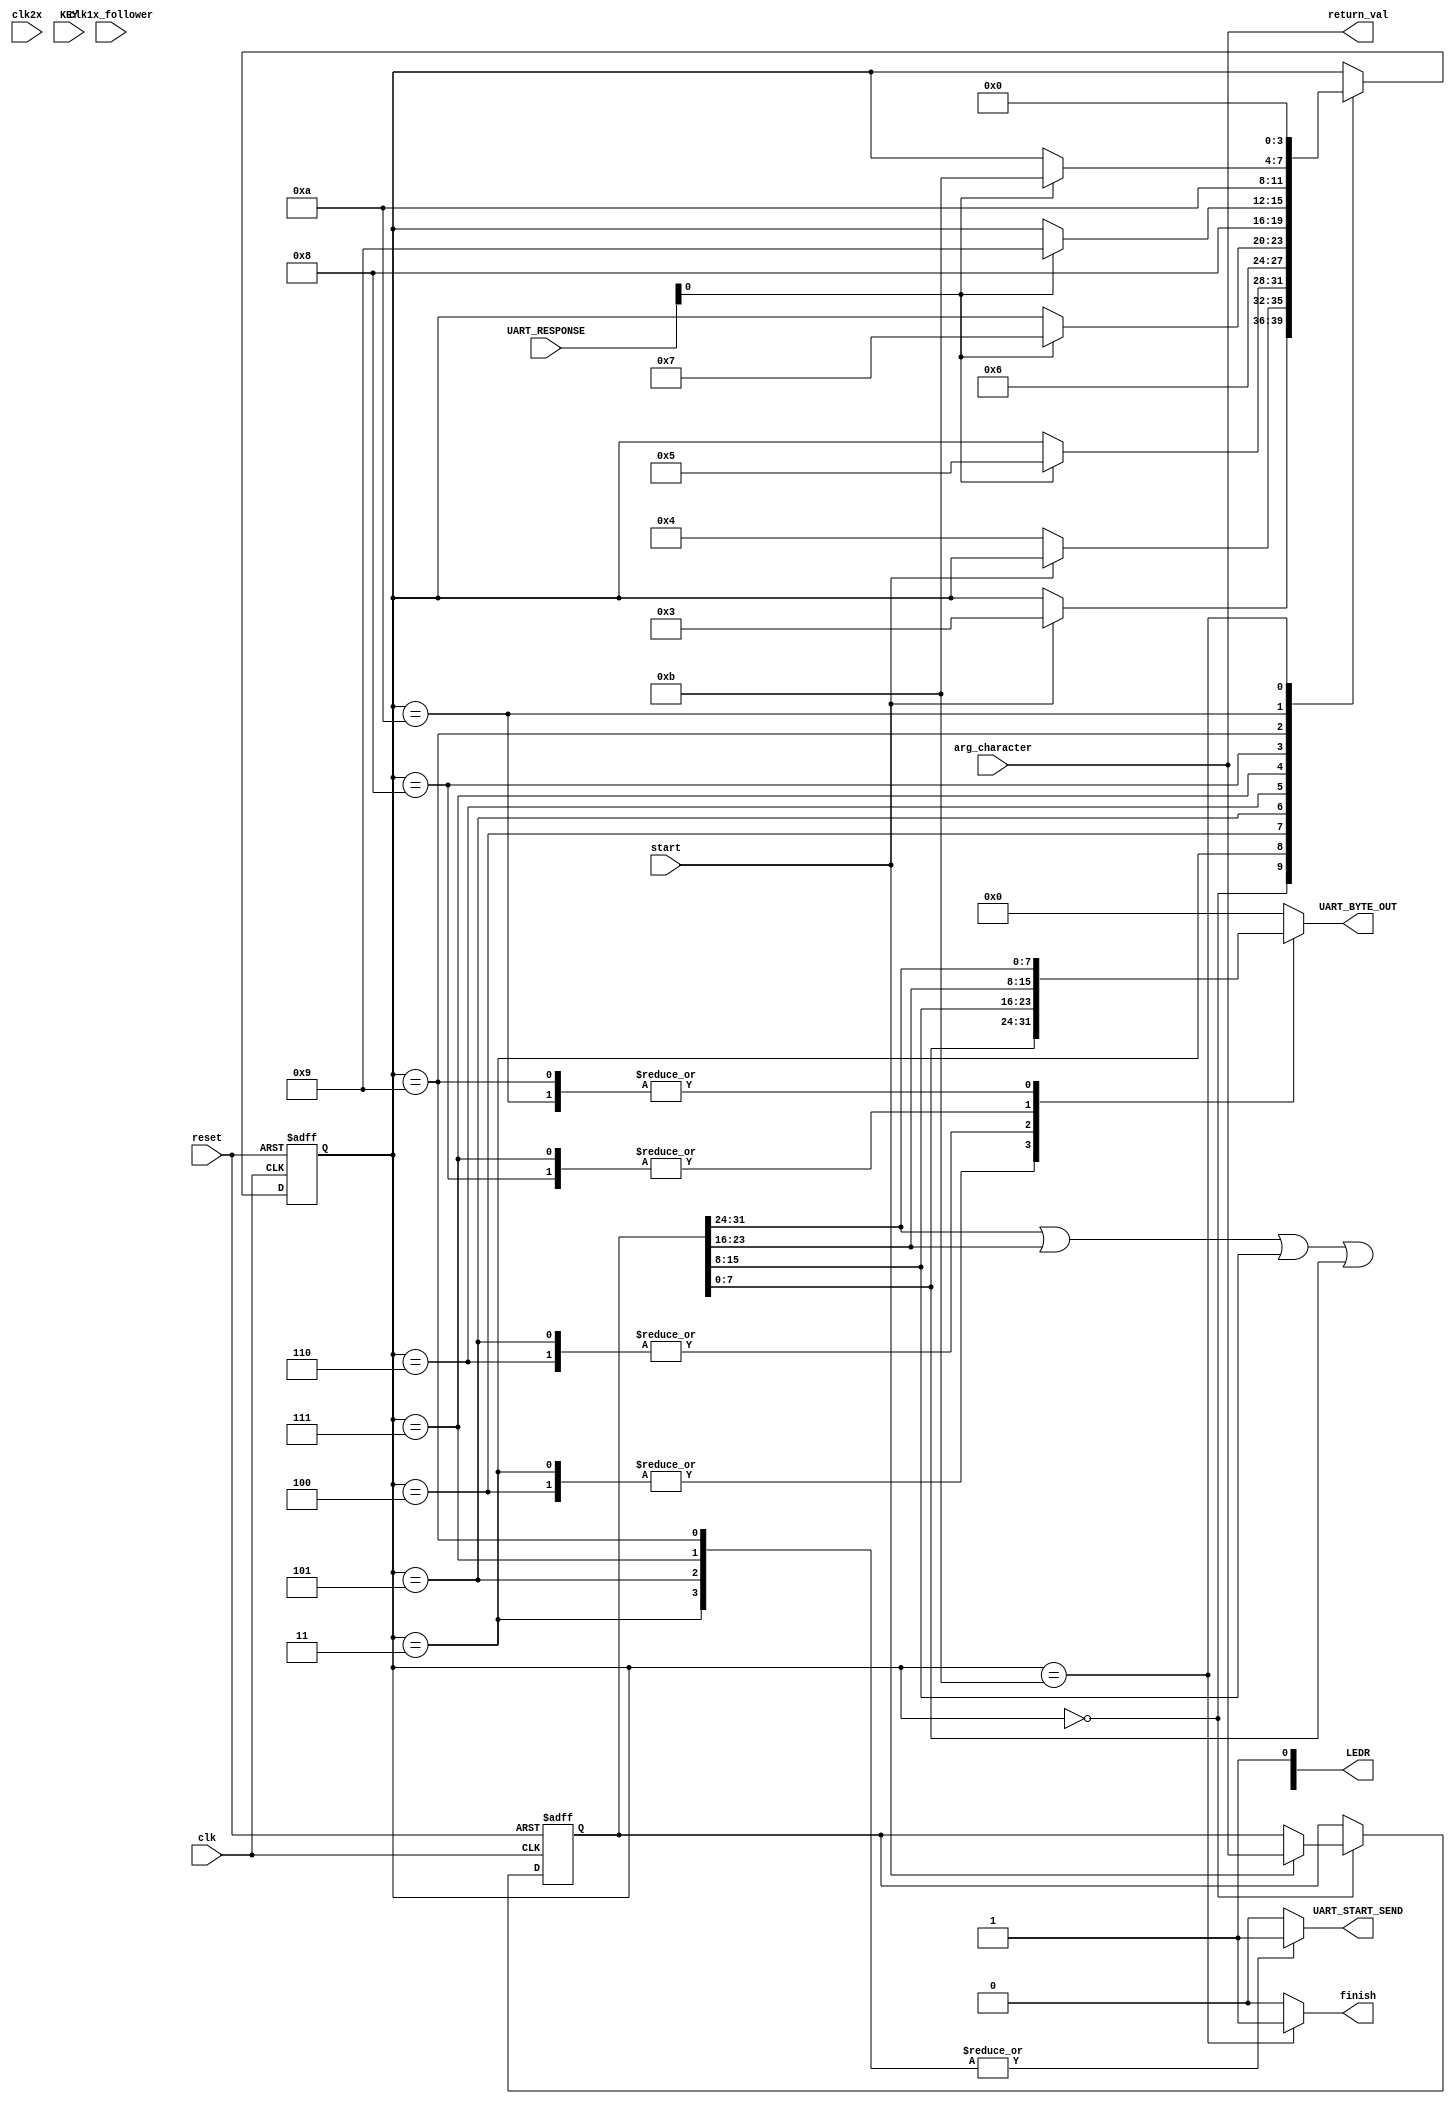
// Verilog Standard I/O

module boardPutChar
  (
   clk,
   clk2x,
   clk1x_follower,
   reset,
   start,
   UART_BYTE_OUT,
   UART_START_SEND,
   UART_RESPONSE,
   LEDR,
   KEY,
   arg_character,
   finish,
   return_val
   );
   
   input  clk;
   input  clk2x;
   input  clk1x_follower;
   input  reset;
   input  start;
   input [3:0] KEY;
   output [17:0] LEDR;
   output reg [7:0] UART_BYTE_OUT;
   output reg	    UART_START_SEND;
   input [1:0] 	    UART_RESPONSE;
   input [31:0]     arg_character;
   output reg 	    finish;
   output [31:0]    return_val;
   
   parameter [3:0] idle = 4'h0;
   parameter [3:0] run = 4'h1;
   parameter [3:0] send_byte_0 = 4'h3;
   parameter [3:0] sending_byte_0 = 4'h4;
   parameter [3:0] send_byte_1 = 4'h5;
   parameter [3:0] sending_byte_1 = 4'h6;
   parameter [3:0] send_byte_2 = 4'h7;
   parameter [3:0] sending_byte_2 = 4'h8;
   parameter [3:0] send_byte_3 = 4'h9;
   parameter [3:0] sending_byte_3 = 4'ha;
   parameter [3:0] finished = 4'hb;
   
   reg [3:0] 	state;
   reg [31:0] 	character_persist;

   assign return_val = arg_character;
   
   always @(posedge clk or posedge reset) begin
      if (reset) begin
	 state <= idle;
	 character_persist <= 0;
      end
      else begin
	 case (state)
	   idle: if (start) begin
	      state <= send_byte_0;
	      character_persist <= arg_character;
	   end
	   send_byte_0: if (~start) state <= sending_byte_0;
	   sending_byte_0: if (UART_RESPONSE[0]) state <= send_byte_1;
	   send_byte_1: state <= sending_byte_1;
	   sending_byte_1: if (UART_RESPONSE[0]) state <= send_byte_2;
	   send_byte_2: state <= sending_byte_2;
	   sending_byte_2: if (UART_RESPONSE[0]) state <= send_byte_3;
	   send_byte_3: state <= sending_byte_3;
	   sending_byte_3: if (UART_RESPONSE[0]) state <= finished; 
	   finished: state <= idle;
	 endcase
      end
   end
   
   always @(*) begin
      finish = 0;
      UART_BYTE_OUT = 0;
      UART_START_SEND = 0;
      case (state)
	send_byte_0: begin
	   UART_BYTE_OUT = character_persist[7:0];
	   UART_START_SEND = 1;
	end
	sending_byte_0: begin
	   UART_BYTE_OUT = character_persist[7:0];
	end
	send_byte_1: begin
	   UART_BYTE_OUT = character_persist[15:8];
	   UART_START_SEND = 1;
	end
	sending_byte_1: UART_BYTE_OUT = character_persist[15:8];
	send_byte_2: begin
	   UART_BYTE_OUT = character_persist[23:16];
	   UART_START_SEND = 1;
	end
	sending_byte_2: UART_BYTE_OUT = character_persist[23:16];
	send_byte_3: begin
	   UART_BYTE_OUT = character_persist[31:24];
	   UART_START_SEND = 1;
	end
	sending_byte_3: UART_BYTE_OUT = character_persist[31:24];
	finished: finish = 1;
      endcase
   end

   assign LEDR[17:10] = character_persist[31:24] | character_persist[23:16] | character_persist[15:8] | character_persist[7:0];
   assign LEDR[0] = 1;
   assign LEDR[9:6] = state;
   

endmodule 


module boardGetChar
  (
   clk,
   clk2x,
   clk1x_follower,
   reset,
   start,
   UART_BYTE_IN,
   UART_START_RECEIVE,
   UART_RESPONSE,
   LEDR,
   KEY,
   finish,
   return_val
   );
   
   input  clk;
   input  clk2x;
   input  clk1x_follower;
   input  reset;
   input  start;
   input [3:0] KEY;
   output [17:0] LEDR;
   input [7:0] 	 UART_BYTE_IN;
   output reg 	 UART_START_RECEIVE;
   input [1:0] 	 UART_RESPONSE;
   output reg 	 finish;
   output reg [31:0] return_val;
   
   parameter [2:0] idle = 3'b000;
   parameter [2:0] receive_byte_0 = 3'b001;
   parameter [2:0] receiving_byte_0 = 3'b010;
   parameter [2:0] set_return = 3'b011;
   parameter [2:0] finished = 3'b100;

   reg [2:0] 	state;
   reg [12:0] 	counter;

   always @(posedge clk or posedge reset) begin
      if (reset) begin
	 state <= idle;
	 return_val <= 0;
	 counter <= 1;
      end
      else begin
	 case (state)
	   idle: if (start & ~finish & ~UART_RESPONSE[1] & ~UART_START_RECEIVE) state <= receive_byte_0;
	   receive_byte_0: state <= receiving_byte_0;
	   receiving_byte_0: if (UART_RESPONSE[1]) state <= set_return;
	   set_return: begin
	      if (~UART_RESPONSE[1] & counter == 0) state <= finished;
	      return_val[7:0] <= UART_BYTE_IN;
	      return_val[31:8] <= 0;
	      counter <= counter + 1;
	   end
	   finished: state <= idle;
	 endcase
      end
   end

   always @(*) begin
      UART_START_RECEIVE = 0;
      finish = 0;
      case (state)
	idle: finish = 0;
	receive_byte_0: UART_START_RECEIVE = 1;
	receiving_byte_0: UART_START_RECEIVE = 0;
	finished: finish = 1;
      endcase
   end
      
   assign LEDR[17:10] = return_val;
   assign LEDR[9:7] = state;
   assign LEDR[6] = finish;
   assign LEDR[5] = start;
   assign LEDR[4:3] = UART_RESPONSE;
   
   
endmodule